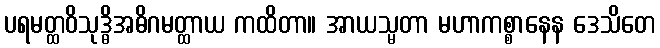
ပရမတ္ထဝိသုဒ္ဓိအဓိဂမတ္ထာယ ကထိတာ။ အာယသ္မတာ မဟာကစ္စာနေန ဒေသိတေ